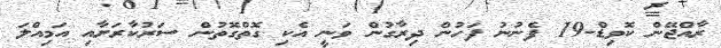
ރާއްޖޭން ކޮވިޑް-19 ފެނުނު ފަހުން ދިރާގުން ވަނީ އެކި ގޮތްގޮތުން ސަރުކާރަށާއި އަމިއްލަ